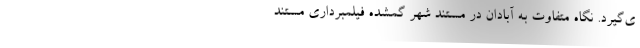
ی‌گیرد. نگاه متفاوت به آبادان در مستند شهر گمشده فیلمبرداری مستند